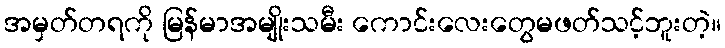
အမှတ်တရကို မြန်မာအမျိုးသမီး ကောင်းလေးတွေမဖတ်သင့်ဘူးတဲ့။